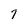
Character: 7